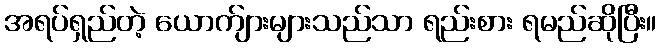
အရပ်ရှည်တဲ့ ယောက်ျားများသည်သာ ရည်းစား ရမည်ဆိုပြီး။